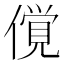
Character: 𰂲